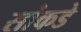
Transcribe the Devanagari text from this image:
सांकडे